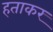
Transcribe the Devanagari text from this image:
हताकर